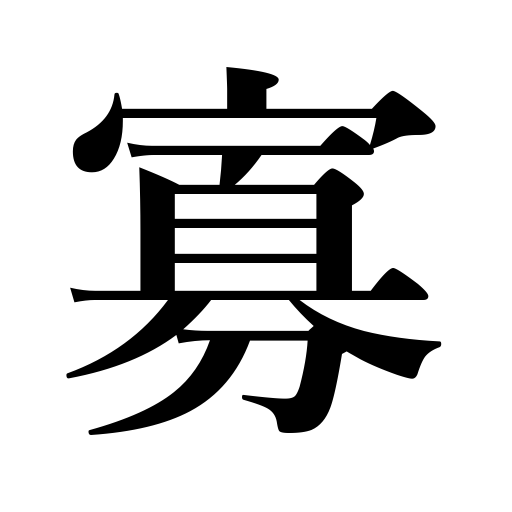
Meanings: ,few,minimum,minority,widow